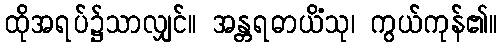
ထိုအရပ်၌သာလျှင်။ အန္တရဓာယိံသု၊ ကွယ်ကုန်၏။